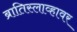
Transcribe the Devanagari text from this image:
ब्रातिस्लाव्हावर